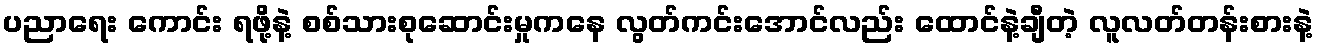
ပညာရေး ကောင်း ရဖို့နဲ့ စစ်သားစုဆောင်းမှုကနေ လွတ်ကင်းအောင်လည်း ထောင်နဲ့ချီတဲ့ လူလတ်တန်းစားနဲ့